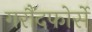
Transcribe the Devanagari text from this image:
गरौंदफोर्से